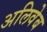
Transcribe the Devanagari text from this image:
अलिवेब